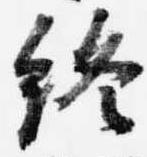
終